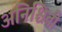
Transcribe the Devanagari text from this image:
अनिश्चिती